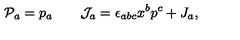
{ \cal P } _ { a } = p _ { a } \qquad { \cal J } _ { a } = \epsilon _ { a b c } x ^ { b } p ^ { c } + J _ { a } ,